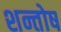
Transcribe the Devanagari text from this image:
शन्तोष